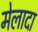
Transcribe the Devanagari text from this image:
मेलादा